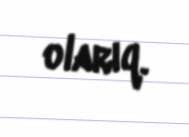
olarıq.